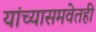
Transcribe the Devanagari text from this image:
यांच्यासमवेतही